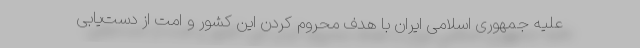
علیه جمهوری اسلامی ایران با هدف محروم کردن این کشور و امت از دست‌یابی